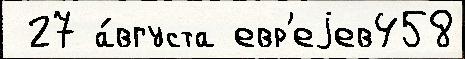
 27 а́вгуста евр'еjев458